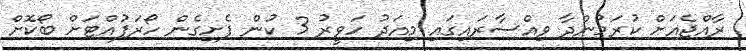
ރާއްޖެއަށް ކުރަމުންދާ ވިއްސާރައިގައި މިއަދު ހަވީރު 3 ކުން ފެށިގެން ހޯރަފުއްޓަށް ބޯކޮށް